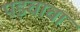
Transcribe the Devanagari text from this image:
पड़चाचा